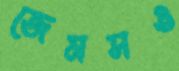
জেমসও